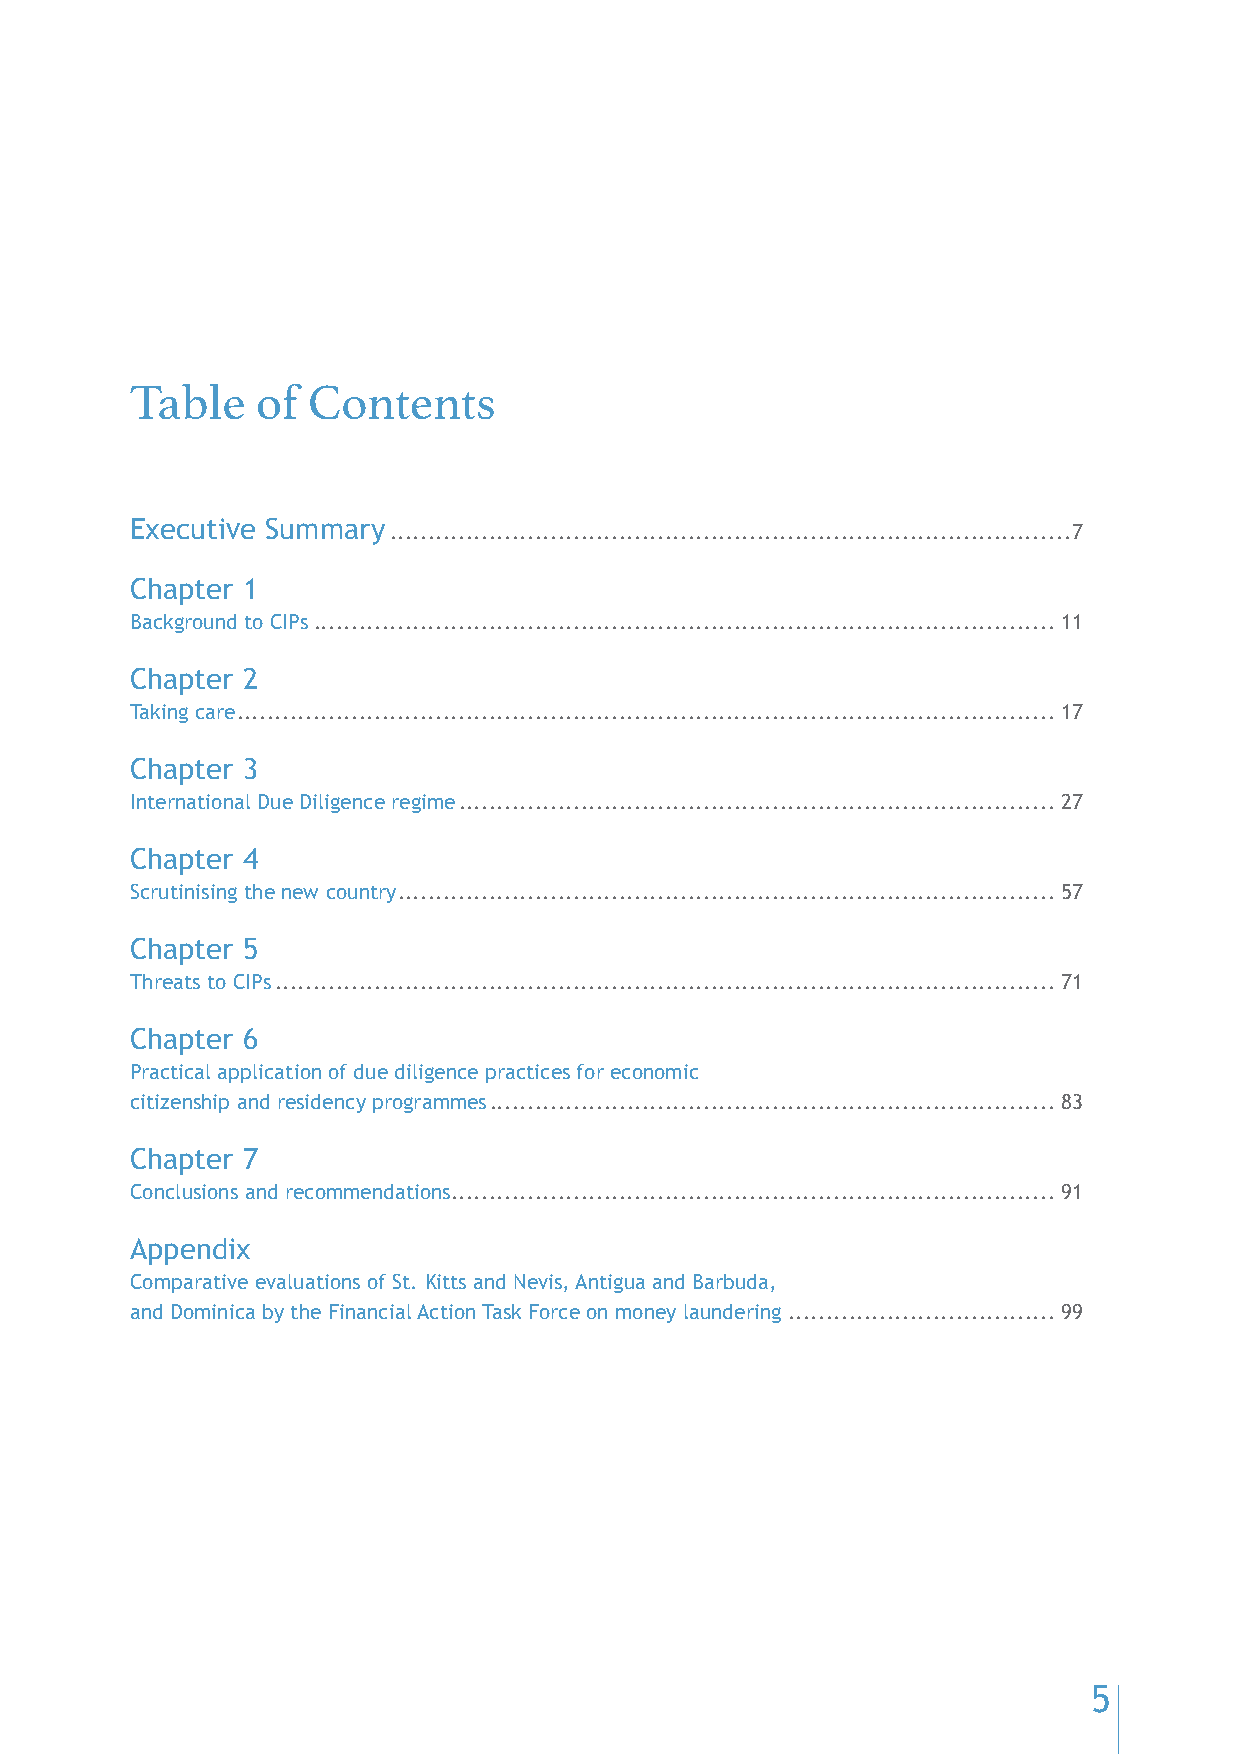
Table   of Contents
 Executive Summary .........................................................................................7
 Chapter 1
 Background to CIPs .................................................................................................11
 Chapter 2
 Taking care ...........................................................................................................17
 Chapter 3
 International Due Diligence regime ..............................................................................27
 Chapter 4
 Scrutinising the new country ......................................................................................57
 Chapter 5
 Threats to CIPs ......................................................................................................71
 Chapter 6
 Practical application of due diligence practices for economic
 citizenship and residency programmes ..........................................................................83
 Chapter 7
 Conclusions and recommendations ...............................................................................91
 Appendix
 Comparative evaluations of St. Kitts and Nevis, Antigua and Barbuda,
 and Dominica by the Financial Action Task Force on money laundering ...................................99
 5